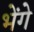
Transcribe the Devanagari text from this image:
भेंगे